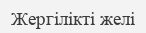
Жергілікті желі